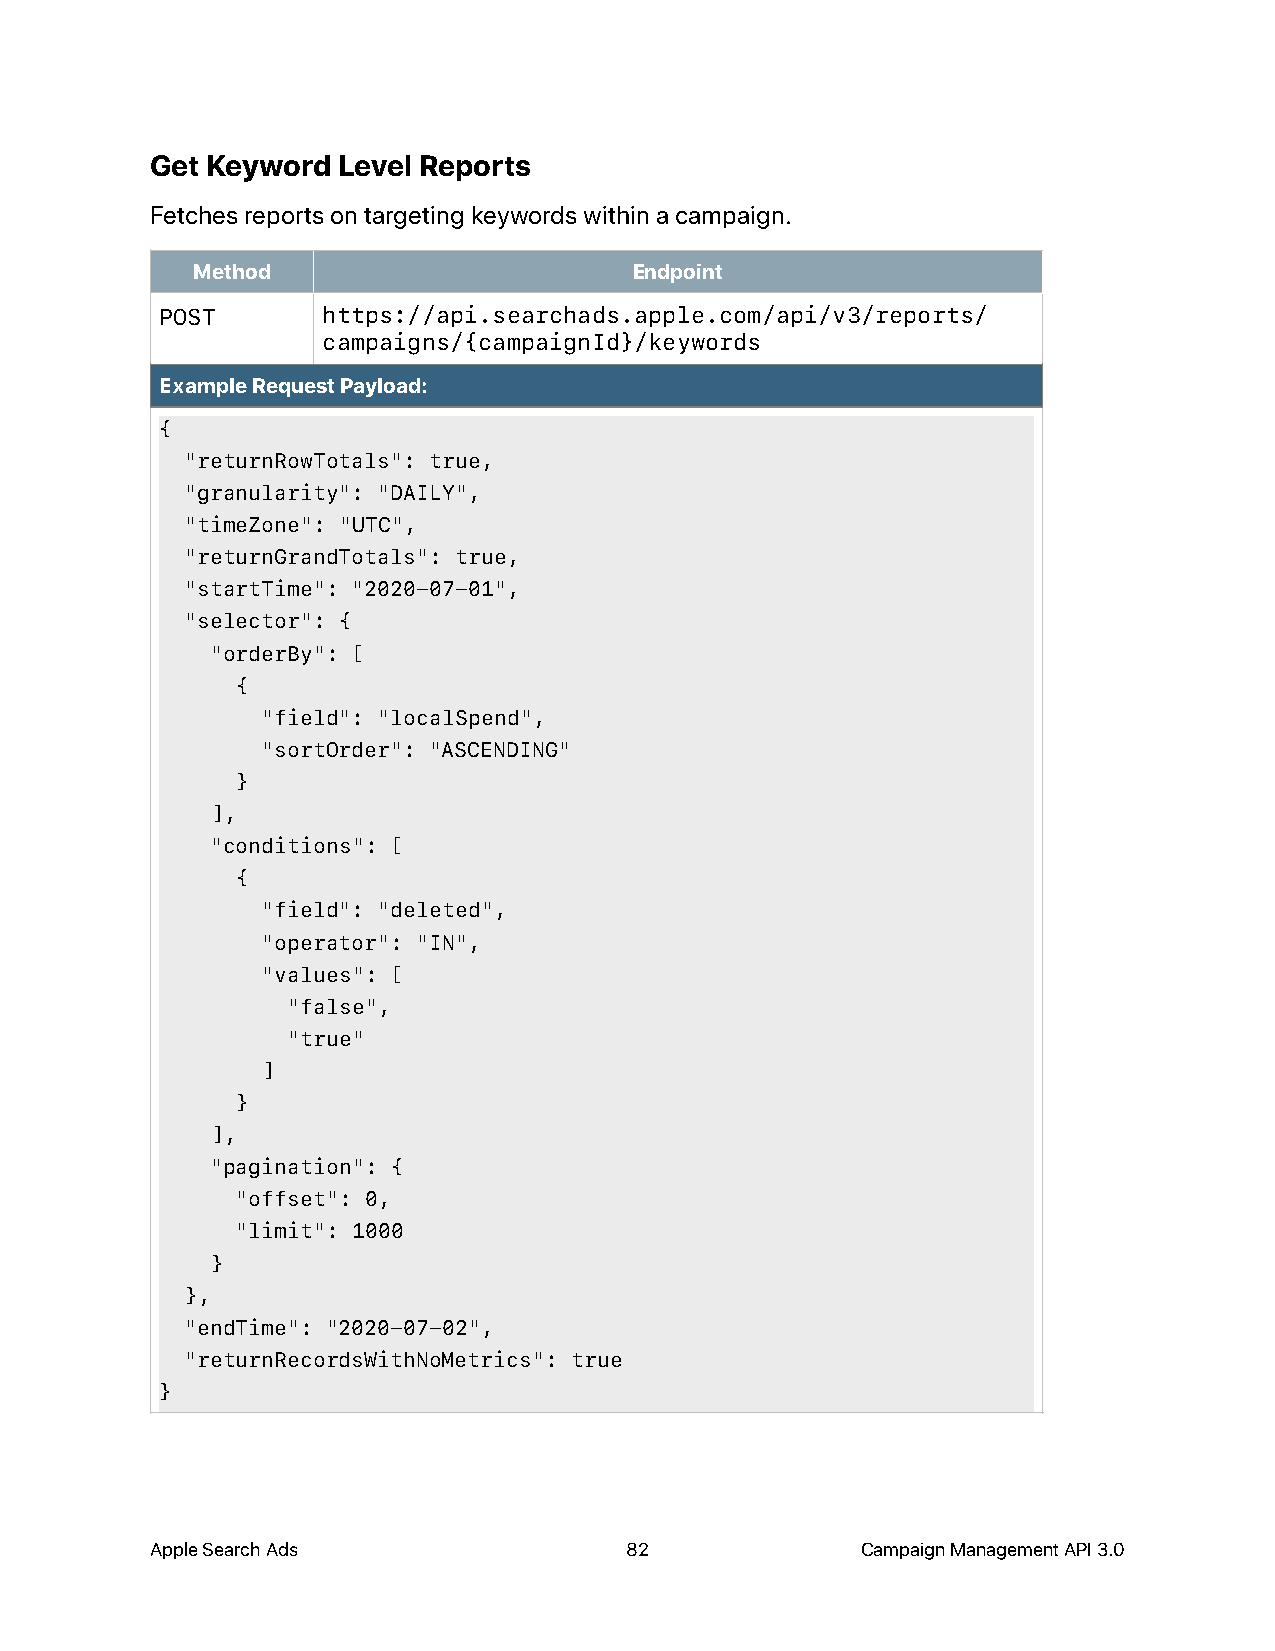
Get Keyword Level Reports
 Fetches reports on targeting keywords within a campaign.
 Method                       Endpoint
 POST      https://api.searchads.apple.com/api/v3/reports/
 campaigns/{campaignId}/keywords
 Example Request Payload:
 {
 "returnRowTotals": true,
 "granularity": "DAILY",
 "timeZone": "UTC",
 "returnGrandTotals": true,
 "startTime": "2020-07-01",
 "selector": {
 "orderBy": [
 {
 "field": "localSpend",
 "sortOrder": "ASCENDING"
 }
 ],
 "conditions": [
 {
 "field": "deleted",
 "operator": "IN",
 "values": [
 "false",
 "true"
 ]
 }
 ],
 "pagination": {
 "offset": 0,
 "limit": 1000
 }
 },
 "endTime": "2020-07-02",
 "returnRecordsWithNoMetrics": true
 }
 Apple Search Ads               82              Campaign Management API 3.0